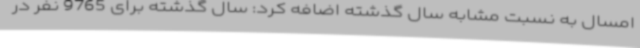
امسال به نسبت مشابه سال گذشته اضافه کرد: سال گذشته برای 9765 نفر در